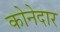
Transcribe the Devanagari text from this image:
कोनेदार